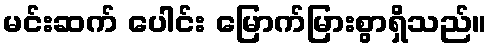
မင်းဆက် ပေါင်း မြောက်မြားစွာရှိသည်။